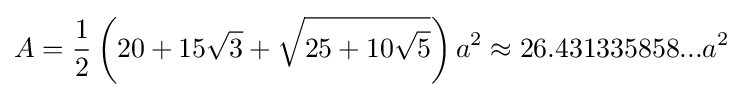
A={\frac {1}{2}}\left(20+15{\sqrt {3}}+{\sqrt {25+10{\sqrt {5}}}}\right)a^{2}\approx 26.431335858...a^{2}